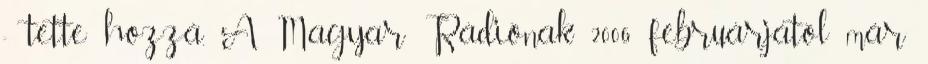
- tette hozzá. A Magyar Rádiónak 2006 februárjától már